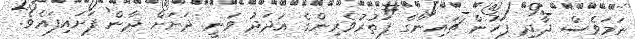
ނަމަވެސް ދާދި ފަހުން ޗައިނާގެ ފަތުރުވެރިންގެ އަދަދު ވަނީ ދަށަށް ދާން ފަށައިފައެވެ.